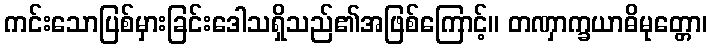
ကင်းသောပြစ်မှားခြင်းဒေါသရှိသည်၏အဖြစ်ကြောင့်။ တဏှာက္ခယာဓိမုတ္တော၊